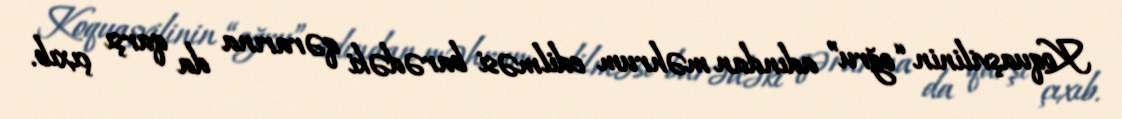
Koquaşvilinin “oğru” adından məhrum edilməsi barədəki qərarına da qarşı çıxıb.